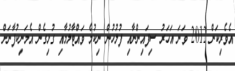
އެވެރިކަން 2012 ވަނަ އަހަރު ސިފައިންނާއި ފުލުހުން ނިކުމެ ވައްޓާލުމާއި ގުޅިގެން އެމަނިކުފާނަށް